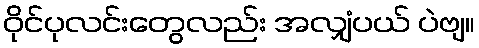
ဝိုင်ပုလင်းတွေလည်း အလျှံပယ် ပဲဗျ။